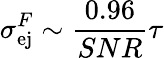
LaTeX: \sigma_{\mathrm{ej}}^{F}\sim\frac{0.96}{SNR}\tau